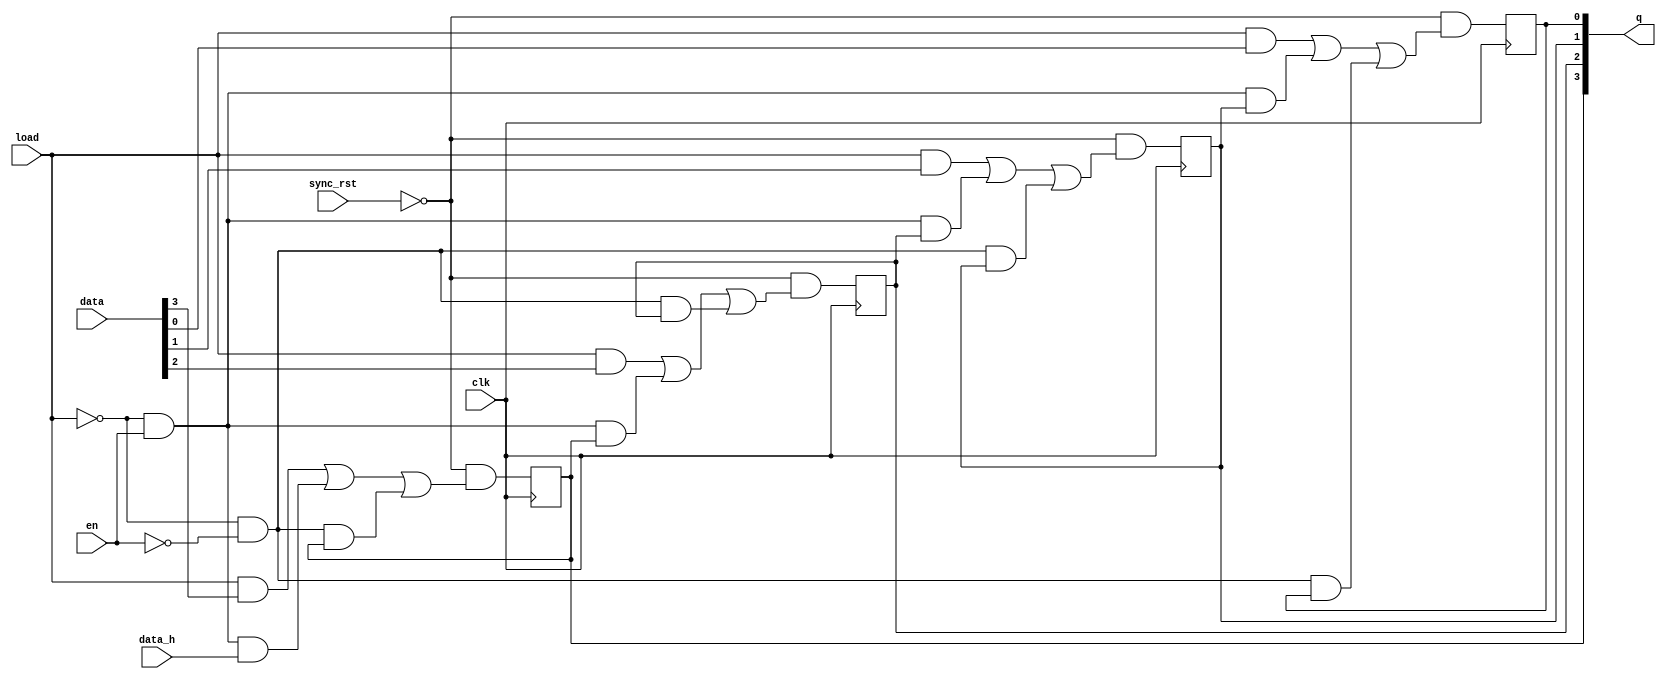
`timescale 1ns/1ps

module right_shift_reg
    #(parameter DW=4)
    (
    input wire clk,
    input wire sync_rst,
    input wire load,
    input wire en,
    input wire [DW-1:0] data,
    input wire data_h,
    output reg [DW-1:0] q
    );

    // bit DW-1
    always @(posedge clk)
        q[DW-1]<=   (~sync_rst)
                    &(load&data[DW-1]|(~load)&en&data_h|(~load)&(~en)&q[DW-1]);

    // bit [DW-2:0]
    genvar i;
    generate
        for(i=0;i<DW-1;i=i+1)
            begin:dff_array
                always @(posedge clk)
                    q[i]<=  (~sync_rst)&
                            (load&data[i]|(~load)&en&q[i+1]|(~load)&(~en)&q[i]);
            end
    endgenerate
endmodule